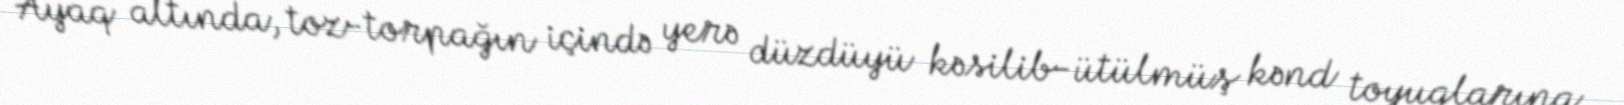
Ayaq altında, toz-torpağın içində yerə düzdüyü kəsilib-ütülmüş kənd toyuqlarına